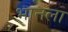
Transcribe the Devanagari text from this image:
भानला